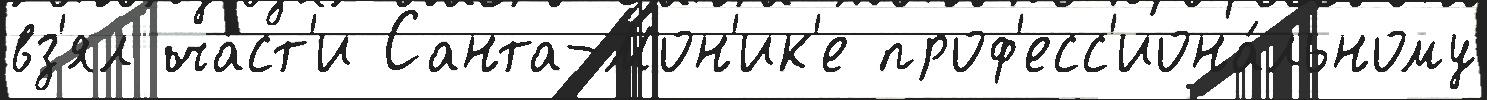
вз'ял ча́ст'и Санта-Мон'ик'е проф'есс'иона́льному